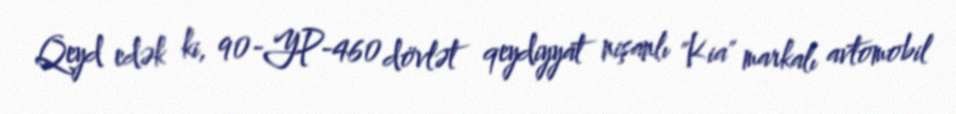
Qeyd edək ki, 90-YP-460 dövlət qeydiyyat nişanlı "Kia" markalı avtomobil